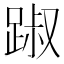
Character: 踧